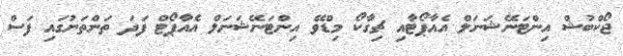
ޖޯކްބުޝް އިންޓަނޭޝަނަލް އެއާޕޯޓާއި ޗިގާކޯ މިޑްވޭ އިންޓަނޭޝަނަލް އެއާޕޯޓް ފަދަ ތަންތަނުގައި ފަސް